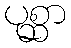
ပုစ္ဆာ